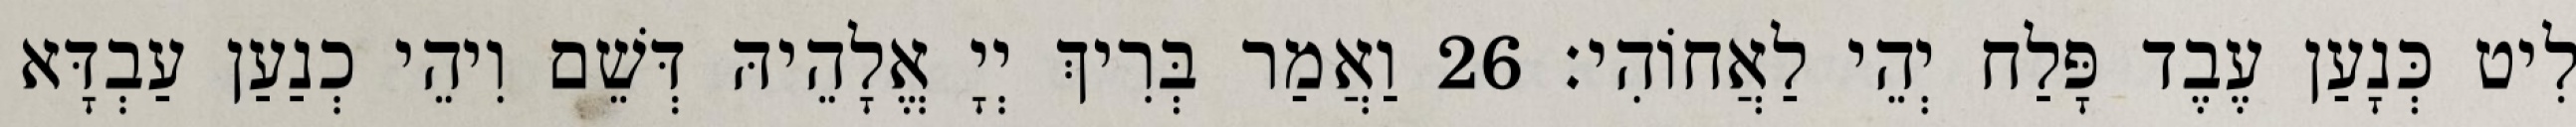
לִיט כְּנָעַן עֶבֶד פָּלַח יְהֵי לַאֲחוֹהִי׃ 26 וַאֲמַר בְּרִיךְ יְיָ אֱלָהֵיהּ דְּשֵׁם וִיהֵי כְנַעַן עַבְדָּא